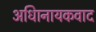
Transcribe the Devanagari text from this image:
अधिानायकवाद